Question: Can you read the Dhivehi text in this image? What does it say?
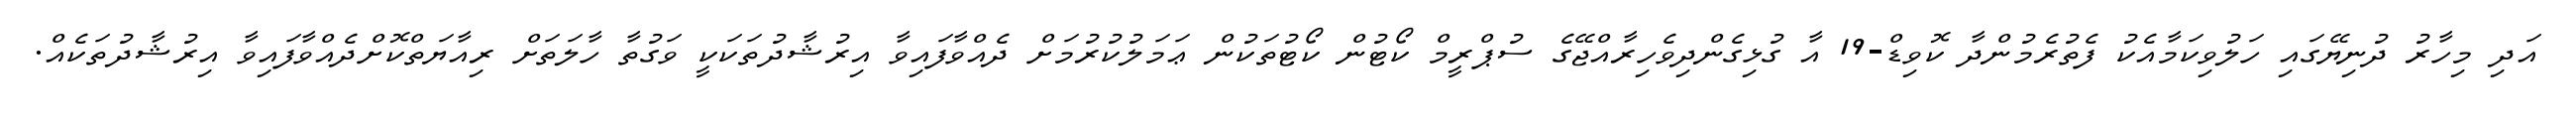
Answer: އަދި މިހާރު ދުނިޔޭގައި ހަލުވިކަމާއެކު ފެތުރެމުންދާ ކޮވިޑް-19 އާ ގުޅިގެންދިވެހިރާއްޖޭގެ ސުޕްރީމް ކޯޓުން ކޯޓުތަކުން ޢަމަލުކުރުމަށް ދެއްވާފައިވާ އިރުޝާދުތަކަކީ ވަގުތާ ހާލަތަށް ރިއާޔަތްކޮށްދެއްވާފައިވާ އިރުޝާދުތަކެއް.